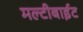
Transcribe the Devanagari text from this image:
मल्टीबाईट